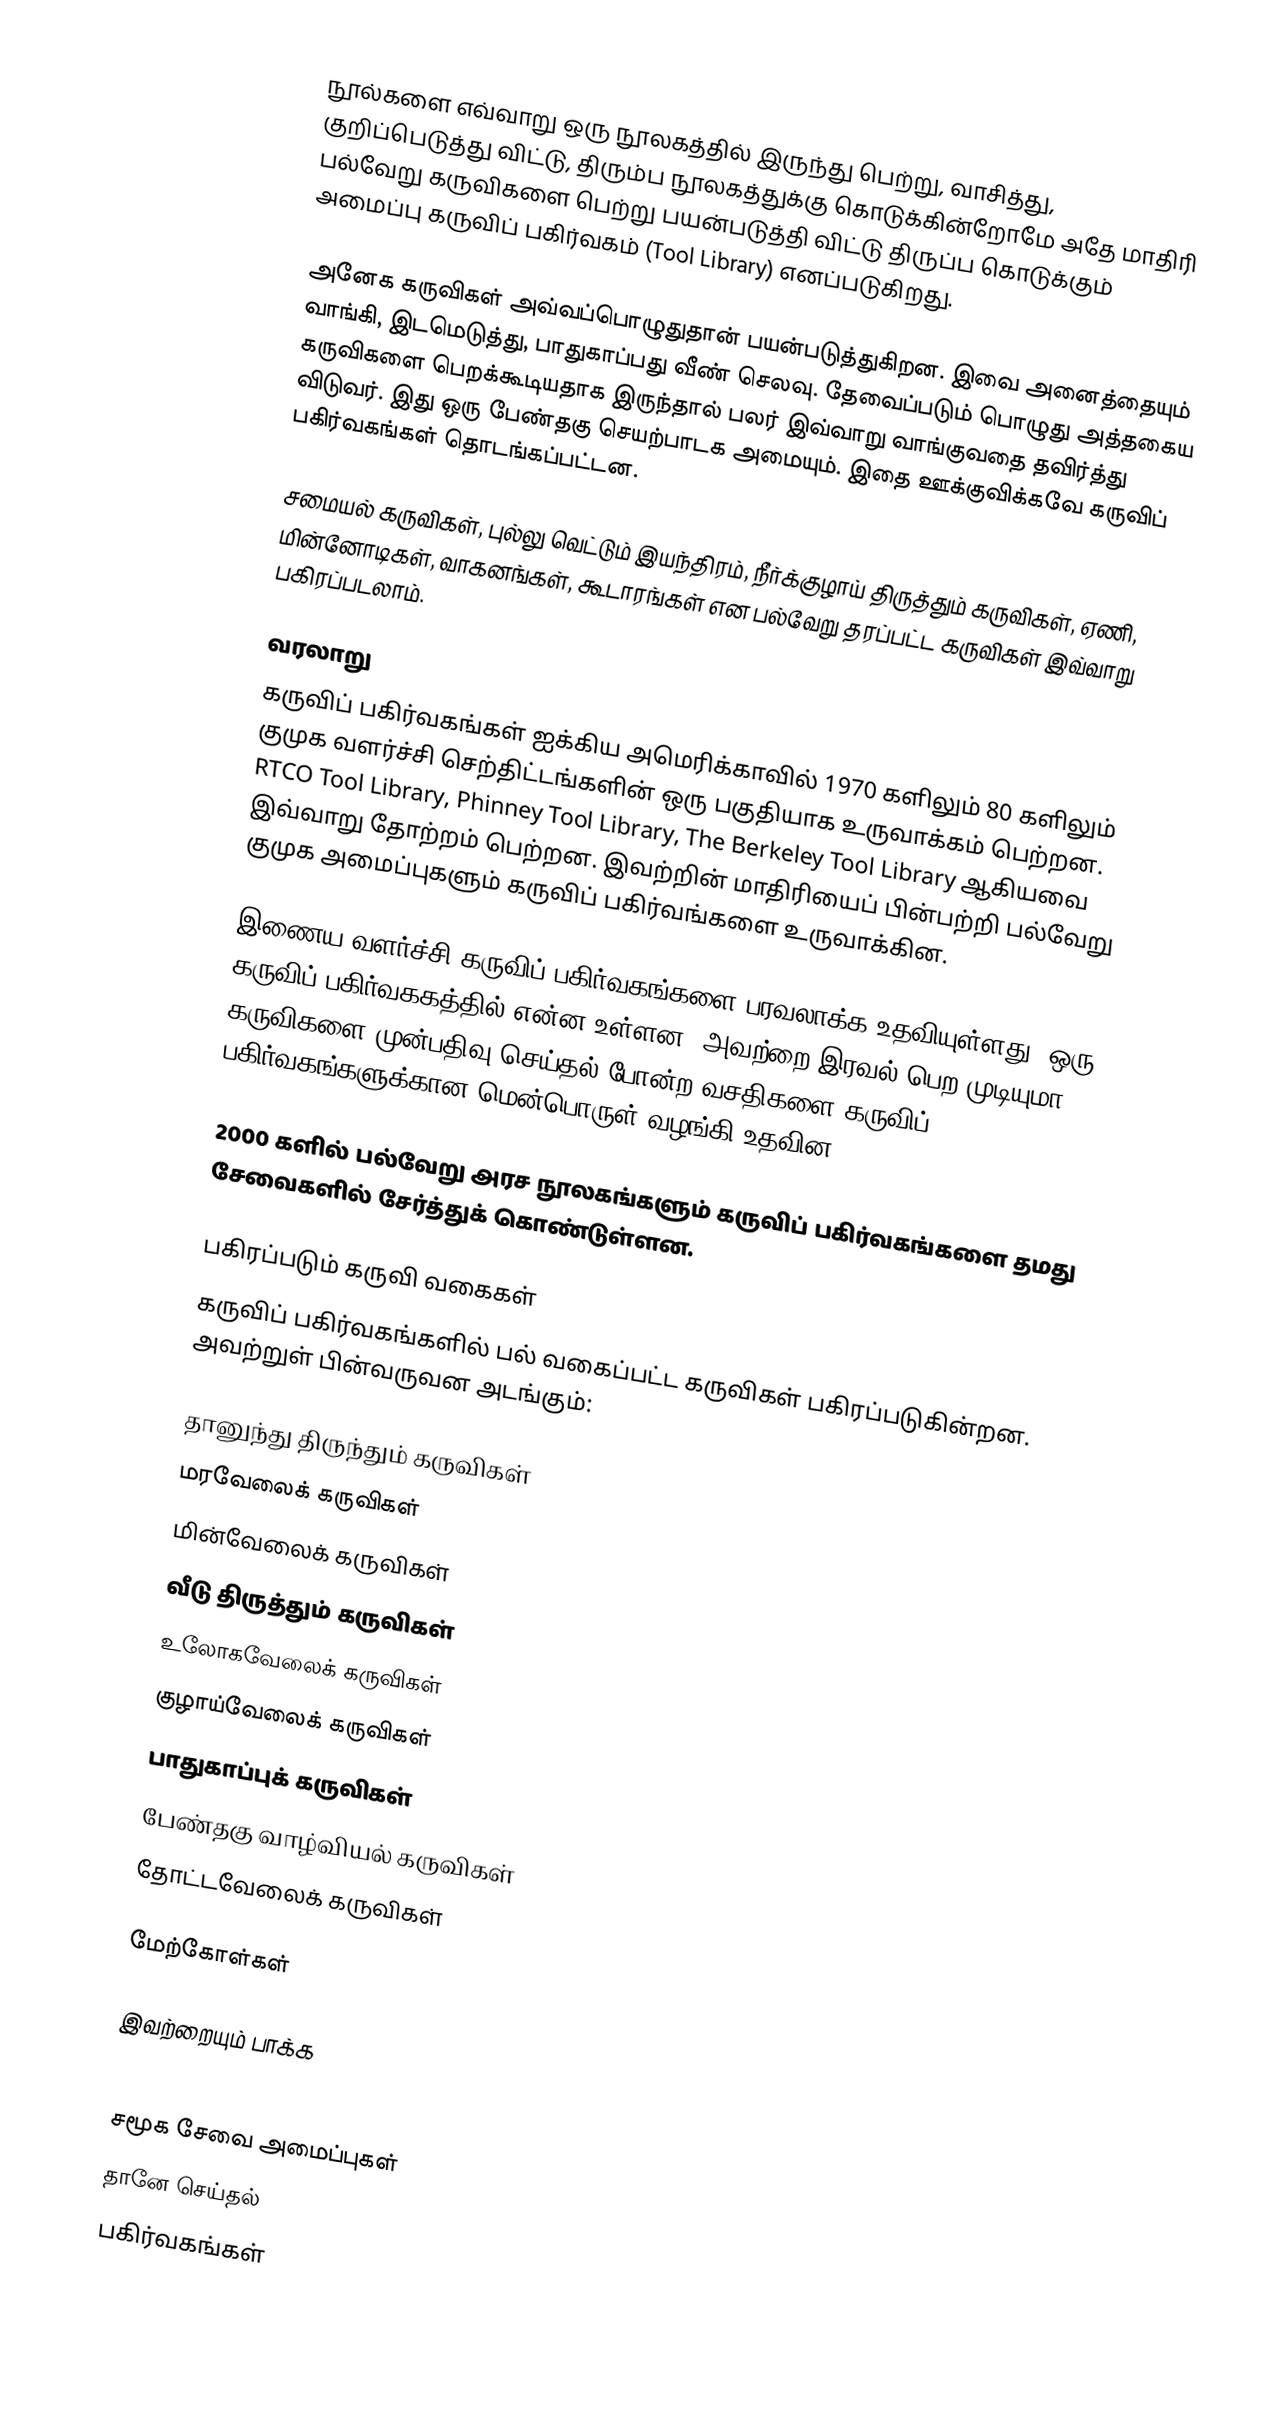
நூல்களை எவ்வாறு ஒரு நூலகத்தில் இருந்து பெற்று, வாசித்து, குறிப்பெடுத்து விட்டு, திரும்ப நூலகத்துக்கு கொடுக்கின்றோமே அதே மாதிரி பல்வேறு கருவிகளை பெற்று பயன்படுத்தி விட்டு திருப்ப கொடுக்கும் அமைப்பு கருவிப் பகிர்வகம்  (Tool Library) எனப்படுகிறது.

அனேக கருவிகள் அவ்வப்பொழுதுதான் பயன்படுத்துகிறன.  இவை அனைத்தையும் வாங்கி, இடமெடுத்து, பாதுகாப்பது வீண் செலவு.  தேவைப்படும் பொழுது அத்தகைய கருவிகளை பெறக்கூடியதாக இருந்தால் பலர் இவ்வாறு வாங்குவதை தவிர்த்து விடுவர்.  இது ஒரு பேண்தகு செயற்பாடக அமையும்.  இதை ஊக்குவிக்கவே கருவிப் பகிர்வகங்கள் தொடங்கப்பட்டன.

சமையல் கருவிகள், புல்லு வெட்டும் இயந்திரம், நீர்க்குழாய் திருத்தும் கருவிகள், ஏணி, மின்னோடிகள், வாகனங்கள், கூடாரங்கள் என பல்வேறு தரப்பட்ட கருவிகள் இவ்வாறு பகிரப்படலாம்.

வரலாறு
கருவிப் பகிர்வகங்கள் ஐக்கிய அமெரிக்காவில் 1970 களிலும் 80 களிலும்  குமுக வளர்ச்சி செற்திட்டங்களின் ஒரு பகுதியாக உருவாக்கம் பெற்றன.  RTCO Tool Library, Phinney Tool Library, The Berkeley Tool Library ஆகியவை இவ்வாறு தோற்றம் பெற்றன.  இவற்றின் மாதிரியைப் பின்பற்றி பல்வேறு குமுக அமைப்புகளும் கருவிப் பகிர்வங்களை உருவாக்கின.

இணைய வளர்ச்சி கருவிப் பகிர்வகங்களை பரவலாக்க உதவியுள்ளது.  ஒரு கருவிப் பகிர்வககத்தில் என்ன உள்ளன, அவற்றை இரவல் பெற முடியுமா, கருவிகளை முன்பதிவு செய்தல் போன்ற வசதிகளை கருவிப் பகிர்வகங்களுக்கான மென்பொருள் வழங்கி உதவின.

2000 களில் பல்வேறு அரச நூலகங்களும் கருவிப் பகிர்வகங்களை தமது சேவைகளில் சேர்த்துக் கொண்டுள்ளன.

பகிரப்படும் கருவி வகைகள்
கருவிப் பகிர்வகங்களில் பல் வகைப்பட்ட கருவிகள் பகிரப்படுகின்றன.  அவற்றுள் பின்வருவன அடங்கும்:

 தானுந்து திருந்தும் கருவிகள்
 மரவேலைக் கருவிகள்
 மின்வேலைக் கருவிகள்
 வீடு திருத்தும் கருவிகள்
 உலோகவேலைக் கருவிகள்
 குழாய்வேலைக் கருவிகள்
 பாதுகாப்புக் கருவிகள்
 பேண்தகு வாழ்வியல் கருவிகள்
 தோட்டவேலைக் கருவிகள்

மேற்கோள்கள்

இவற்றையும் பாக்க
 :en:List of tool-lending libraries

சமூக சேவை அமைப்புகள்
தானே செய்தல்
பகிர்வகங்கள்